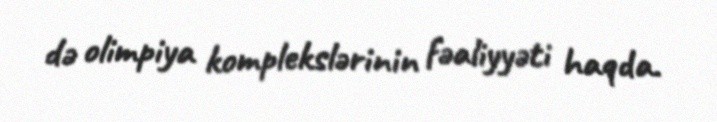
də olimpiya komplekslərinin fəaliyyəti haqda.